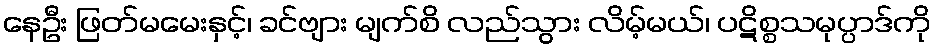
နေဦး ဖြတ်မမေးနှင့်၊ ခင်ဗျား မျက်စိ လည်သွား လိမ့်မယ်၊ ပဋိစ္စသမုပ္ပာဒ်ကို